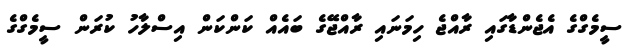
ސީމެގްގެ އެޖެންޑާގައި ރާއްޖެ ހިމަނައި ރާއްޖޭގެ ބައެއް ކަންކަން އިސްލާހު ކުރަން ސީމެގްގެ